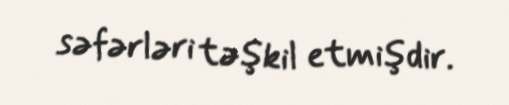
səfərləri təşkil etmişdir.